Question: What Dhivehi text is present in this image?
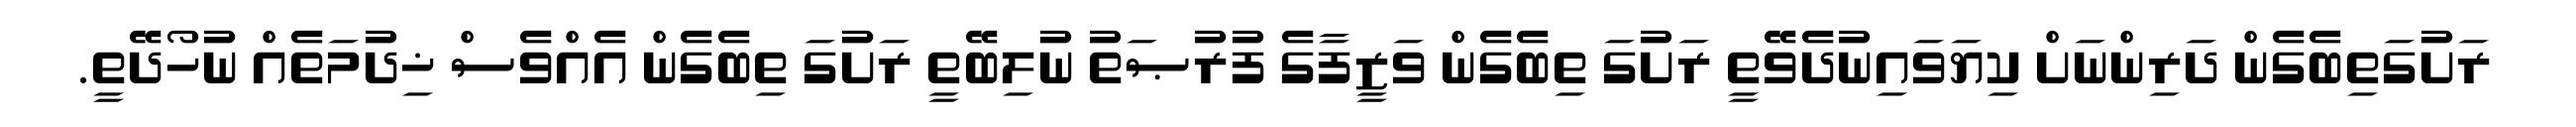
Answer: ރަށުގަތިބެގެން ދަރިންނަށް ކިޔަވައިނުދެވޭތީ ރަށުގަ ތިބެގެން ވަޒީފާގެ ފުރުޞަތު ނުލިބޭތީ ރަށުގަ ތިބެގެން އެއްވެސް ޚިދުމަތެއް ނުހޯދޭތީ.